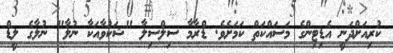
ކުރިއަށްދަނީ އެޑިޓިންގެ މަސައްކަތް ކަަމަށެވެ. ޑްރާމާ ސިލްސިލާ "ޝަކުވާއަކާ ނުލާ" ނުލާގެ ލީޑް